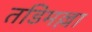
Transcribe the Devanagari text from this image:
तडिमल्ला